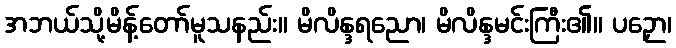
အဘယ်သို့မိန့်တော်မူသနည်း။ မိလိန္ဒရညော၊ မိလိန္ဒမင်းကြီး၏။ ပဉှော၊